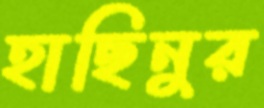
হাছিনুর